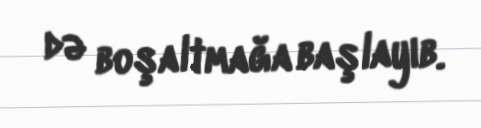
də boşaltmağa başlayıb.